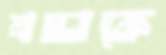
শ্রদ্ধাকে